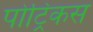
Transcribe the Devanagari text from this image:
पोट्रिकस